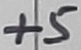
Text: +5